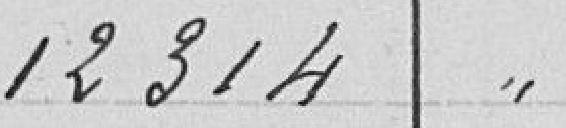
12314 "